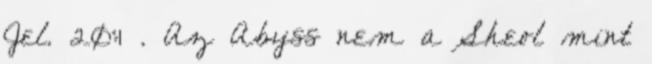
Jel. 20:1 . Az Abyss nem a Sheol mint